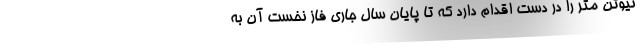
نیوتن متر را در دست اقدام دارد که تا پایان سال جاری فاز نخست آن به